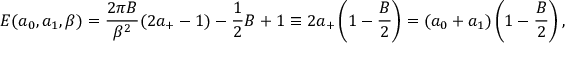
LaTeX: E ( a _ { 0 } , a _ { 1 } , \beta ) = \frac { 2 \pi B } { \beta ^ { 2 } } ( 2 a _ { + } - 1 ) - \frac { 1 } { 2 } B + 1 \equiv 2 a _ { + } \left( 1 - \frac { B } { 2 } \right) = ( a _ { 0 } + a _ { 1 } ) \left( 1 - \frac { B } { 2 } \right) ,